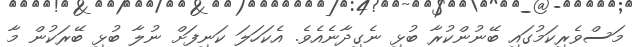
މަސްވެރިކަމުގައި ބޭނުންކުރާ ބުޅި ނެގިދާނެއެވެ. އެކަހަލަ ކަނިފަށް ނުލާ ބުޅި ބޭރަކުން މާ